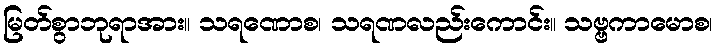
မြတ်စွာဘုရာအား။ သရဏောစ၊ သရဏလည်းကောင်း။ သဗ္ဗကာမောစ၊